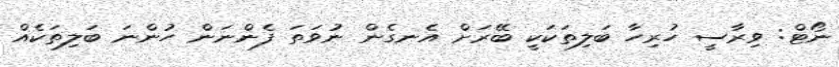
ނޯޓް: ވިރާސީ ހުރިހާ ބަލިތަކަކީ ބޭރަށް އެނގެން ނުވަތަ ފެންނަން ހުންނަ ބަލިތަކެއް